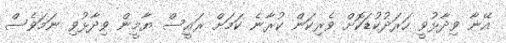
އޭނާ ވިދާޅުވީ ހަރަދުކުޑަކޮށް ވެރިކަން ކުރާނެ ކަމަށް ރައީސް ޔާމީން ވިދާޅުވި ނަމަވެސް